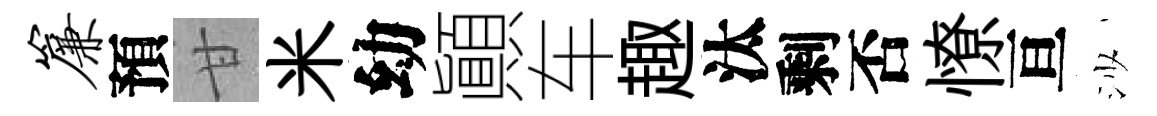
帘預甘米幼顚车趣汰剩否憭亘沙